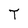
Character: T